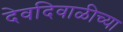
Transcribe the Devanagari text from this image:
देवदिवाळीच्या